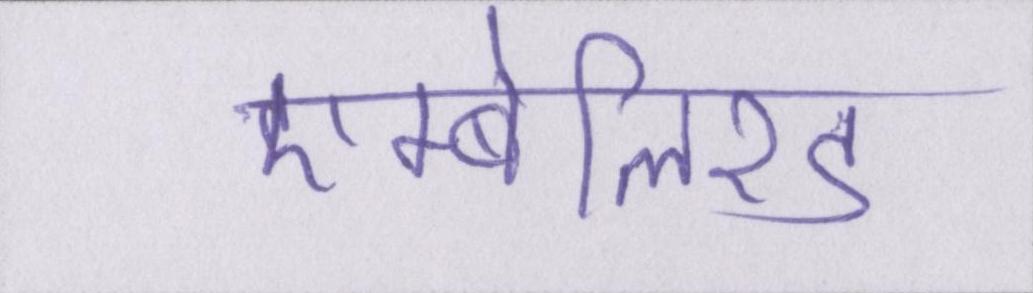
एम्बेलिश्ड